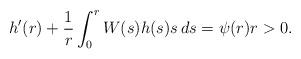
LaTeX: \begin{align*}h'(r) + \frac1r\int_0^r W(s) h(s) s\, d s = \psi(r) r>0.\end{align*}